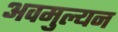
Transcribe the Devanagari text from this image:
अवमुल्यन